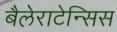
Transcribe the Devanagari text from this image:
बैलेराटेन्सिस